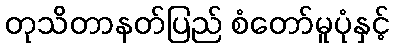
တုသိတာနတ်ပြည် စံတော်မူပုံနှင့်